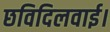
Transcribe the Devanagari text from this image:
छविदिलवाई।